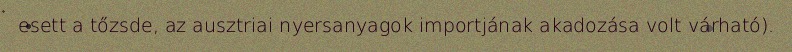
esett a tőzsde, az ausztriai nyersanyagok importjának akadozása volt várható).